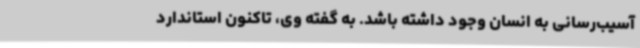
آسیب‌رسانی به انسان وجود داشته باشد. به گفته وی، تاکنون استاندارد